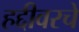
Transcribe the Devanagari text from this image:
हद्दीवरचे